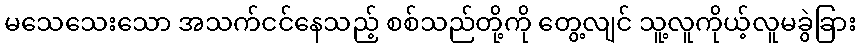
မသေသေးသော အသက်ငင်နေသည့် စစ်သည်တို့ကို တွေ့လျင် သူ့လူကိုယ့်လူမခွဲခြား